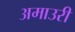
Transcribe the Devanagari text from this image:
अमाउरी